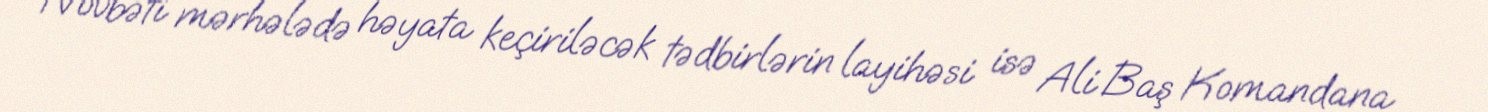
Növbəti mərhələdə həyata keçiriləcək tədbirlərin layihəsi isə Ali Baş Komandana